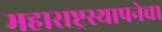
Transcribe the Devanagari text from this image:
महाराष्ट्रस्थापनेचा